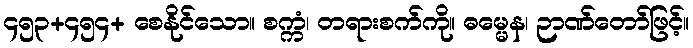
၄၅၃+၄၅၄+ စေနိုင်သော။ စက္ကံ၊ တရားစက်ကို။ ဓမ္မေန၊ ဉာဏ်တော်ဖြင့်။